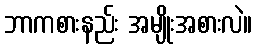
ဘာကစားနည်း အမျိုးအစားလဲ။